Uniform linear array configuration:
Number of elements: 4
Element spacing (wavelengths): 0.75
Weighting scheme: cosine
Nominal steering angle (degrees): -45
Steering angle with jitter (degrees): -43.31
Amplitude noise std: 0.05
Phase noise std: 0.05

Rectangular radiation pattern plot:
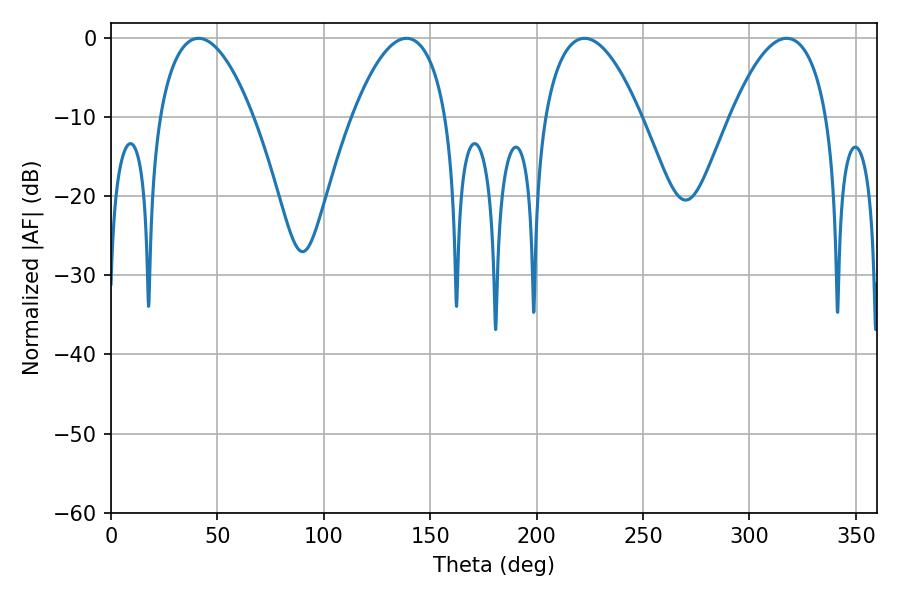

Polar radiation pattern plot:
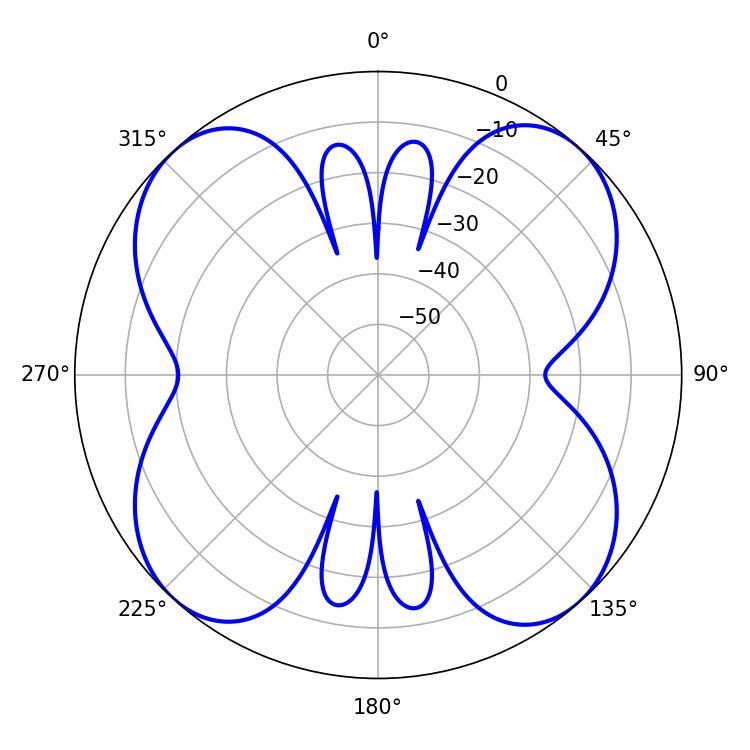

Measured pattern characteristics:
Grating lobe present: TRUE
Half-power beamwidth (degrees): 25.02
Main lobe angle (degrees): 222.48